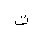
Letter: _ta